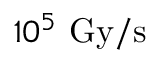
1 0 ^ { 5 } ~ \mathrm { G y / s }